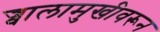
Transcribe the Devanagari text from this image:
ज्वालामुखीवरून